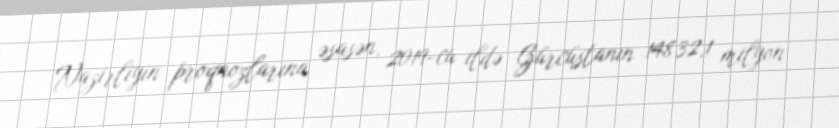
Nazirliyin proqnozlarına əsasən, 2019-cu ildə Gürcüstanın 14832,1 milyon